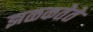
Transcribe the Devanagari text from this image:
झळकतेते